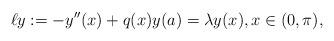
LaTeX: \begin{align*}\ell y := -y''(x) + q(x) y(a) = \lambda y(x), x \in (0, \pi), \end{align*}